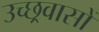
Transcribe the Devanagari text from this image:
उच्छ्रवासों